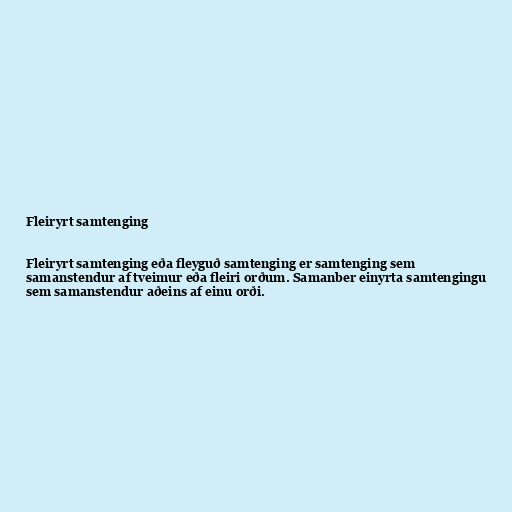
Fleiryrt samtenging

Fleiryrt samtenging eða fleyguð samtenging er samtenging sem
samanstendur af tveimur eða fleiri orðum. Samanber einyrta samtengingu
sem samanstendur aðeins af einu orði.